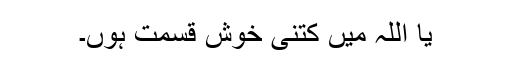
یا اللہ میں کتنی خوش قسمت ہوں۔